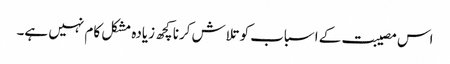
اس مصیبت کے اسباب کو تلاش کرنا کچھ زیادہ مشکل کام نہیں ہے۔